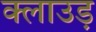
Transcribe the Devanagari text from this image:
क्लाउड़